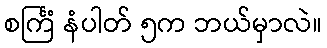
စင်္ကြံ နံပါတ် ၅က ဘယ်မှာလဲ။